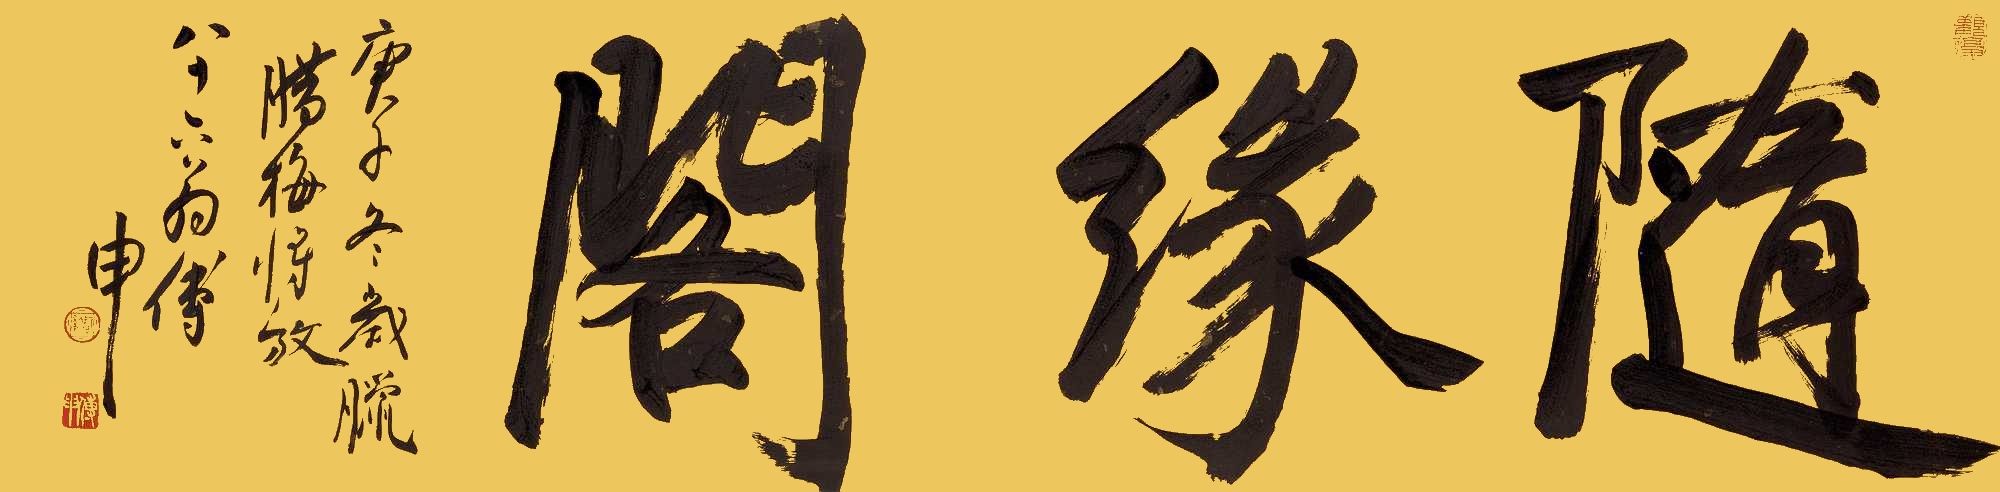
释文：随缘阁庚子冬岁腊，腊梅将放，八十六翁傅申。